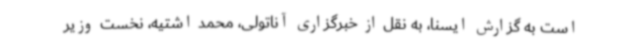
است به گزارش ایسنا، به نقل از خبرگزاری آناتولی، محمد اشتیه، نخست وزیر